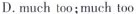
D.much too;much too